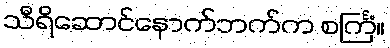
သီရိဆောင်နောက်ဘက်က စင်္ကြံ။